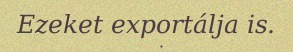
Ezeket exportálja is.